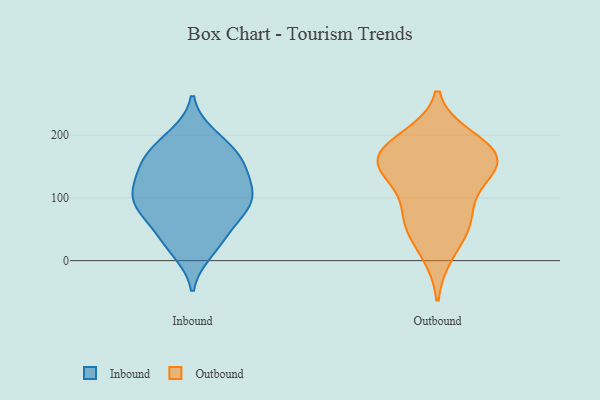
{"axis": {"x": "Churn Rate (%)", "y": "Value"}, "legend": ["Inbound", "Outbound"], "data": [{"x": "", "y": 110, "type": "Inbound"}, {"x": "", "y": 56, "type": "Inbound"}, {"x": "", "y": 118, "type": "Inbound"}, {"x": "", "y": 96, "type": "Inbound"}, {"x": "", "y": 36, "type": "Inbound"}, {"x": "", "y": 85, "type": "Inbound"}, {"x": "", "y": 114, "type": "Inbound"}, {"x": "", "y": 123, "type": "Inbound"}, {"x": "", "y": 199, "type": "Inbound"}, {"x": "", "y": 149, "type": "Inbound"}, {"x": "", "y": 162, "type": "Inbound"}, {"x": "", "y": 15, "type": "Inbound"}, {"x": "", "y": 81, "type": "Inbound"}, {"x": "", "y": 92, "type": "Inbound"}, {"x": "", "y": 162, "type": "Inbound"}, {"x": "", "y": 194, "type": "Inbound"}, {"x": "", "y": 169, "type": "Inbound"}, {"x": "", "y": 157, "type": "Inbound"}, {"x": "", "y": 24, "type": "Inbound"}, {"x": "", "y": 75, "type": "Inbound"}, {"x": "", "y": 154, "type": "Outbound"}, {"x": "", "y": 12, "type": "Outbound"}, {"x": "", "y": 194, "type": "Outbound"}, {"x": "", "y": 152, "type": "Outbound"}, {"x": "", "y": 177, "type": "Outbound"}, {"x": "", "y": 177, "type": "Outbound"}, {"x": "", "y": 66, "type": "Outbound"}, {"x": "", "y": 125, "type": "Outbound"}, {"x": "", "y": 63, "type": "Outbound"}, {"x": "", "y": 139, "type": "Outbound"}, {"x": "", "y": 167, "type": "Outbound"}, {"x": "", "y": 63, "type": "Outbound"}]}